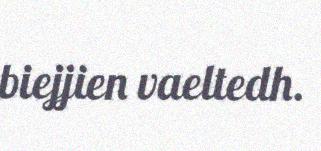
biejjien vaeltedh.